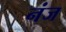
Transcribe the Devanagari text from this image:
नंज